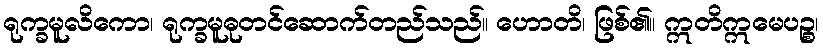
ရုက္ခမူလိကော၊ ရုက္ခမူဓုတင်ဆောက်တည်သည်။ ဟောတိ၊ ဖြစ်၏။ ဣတိဣမေပဉ္စ၊